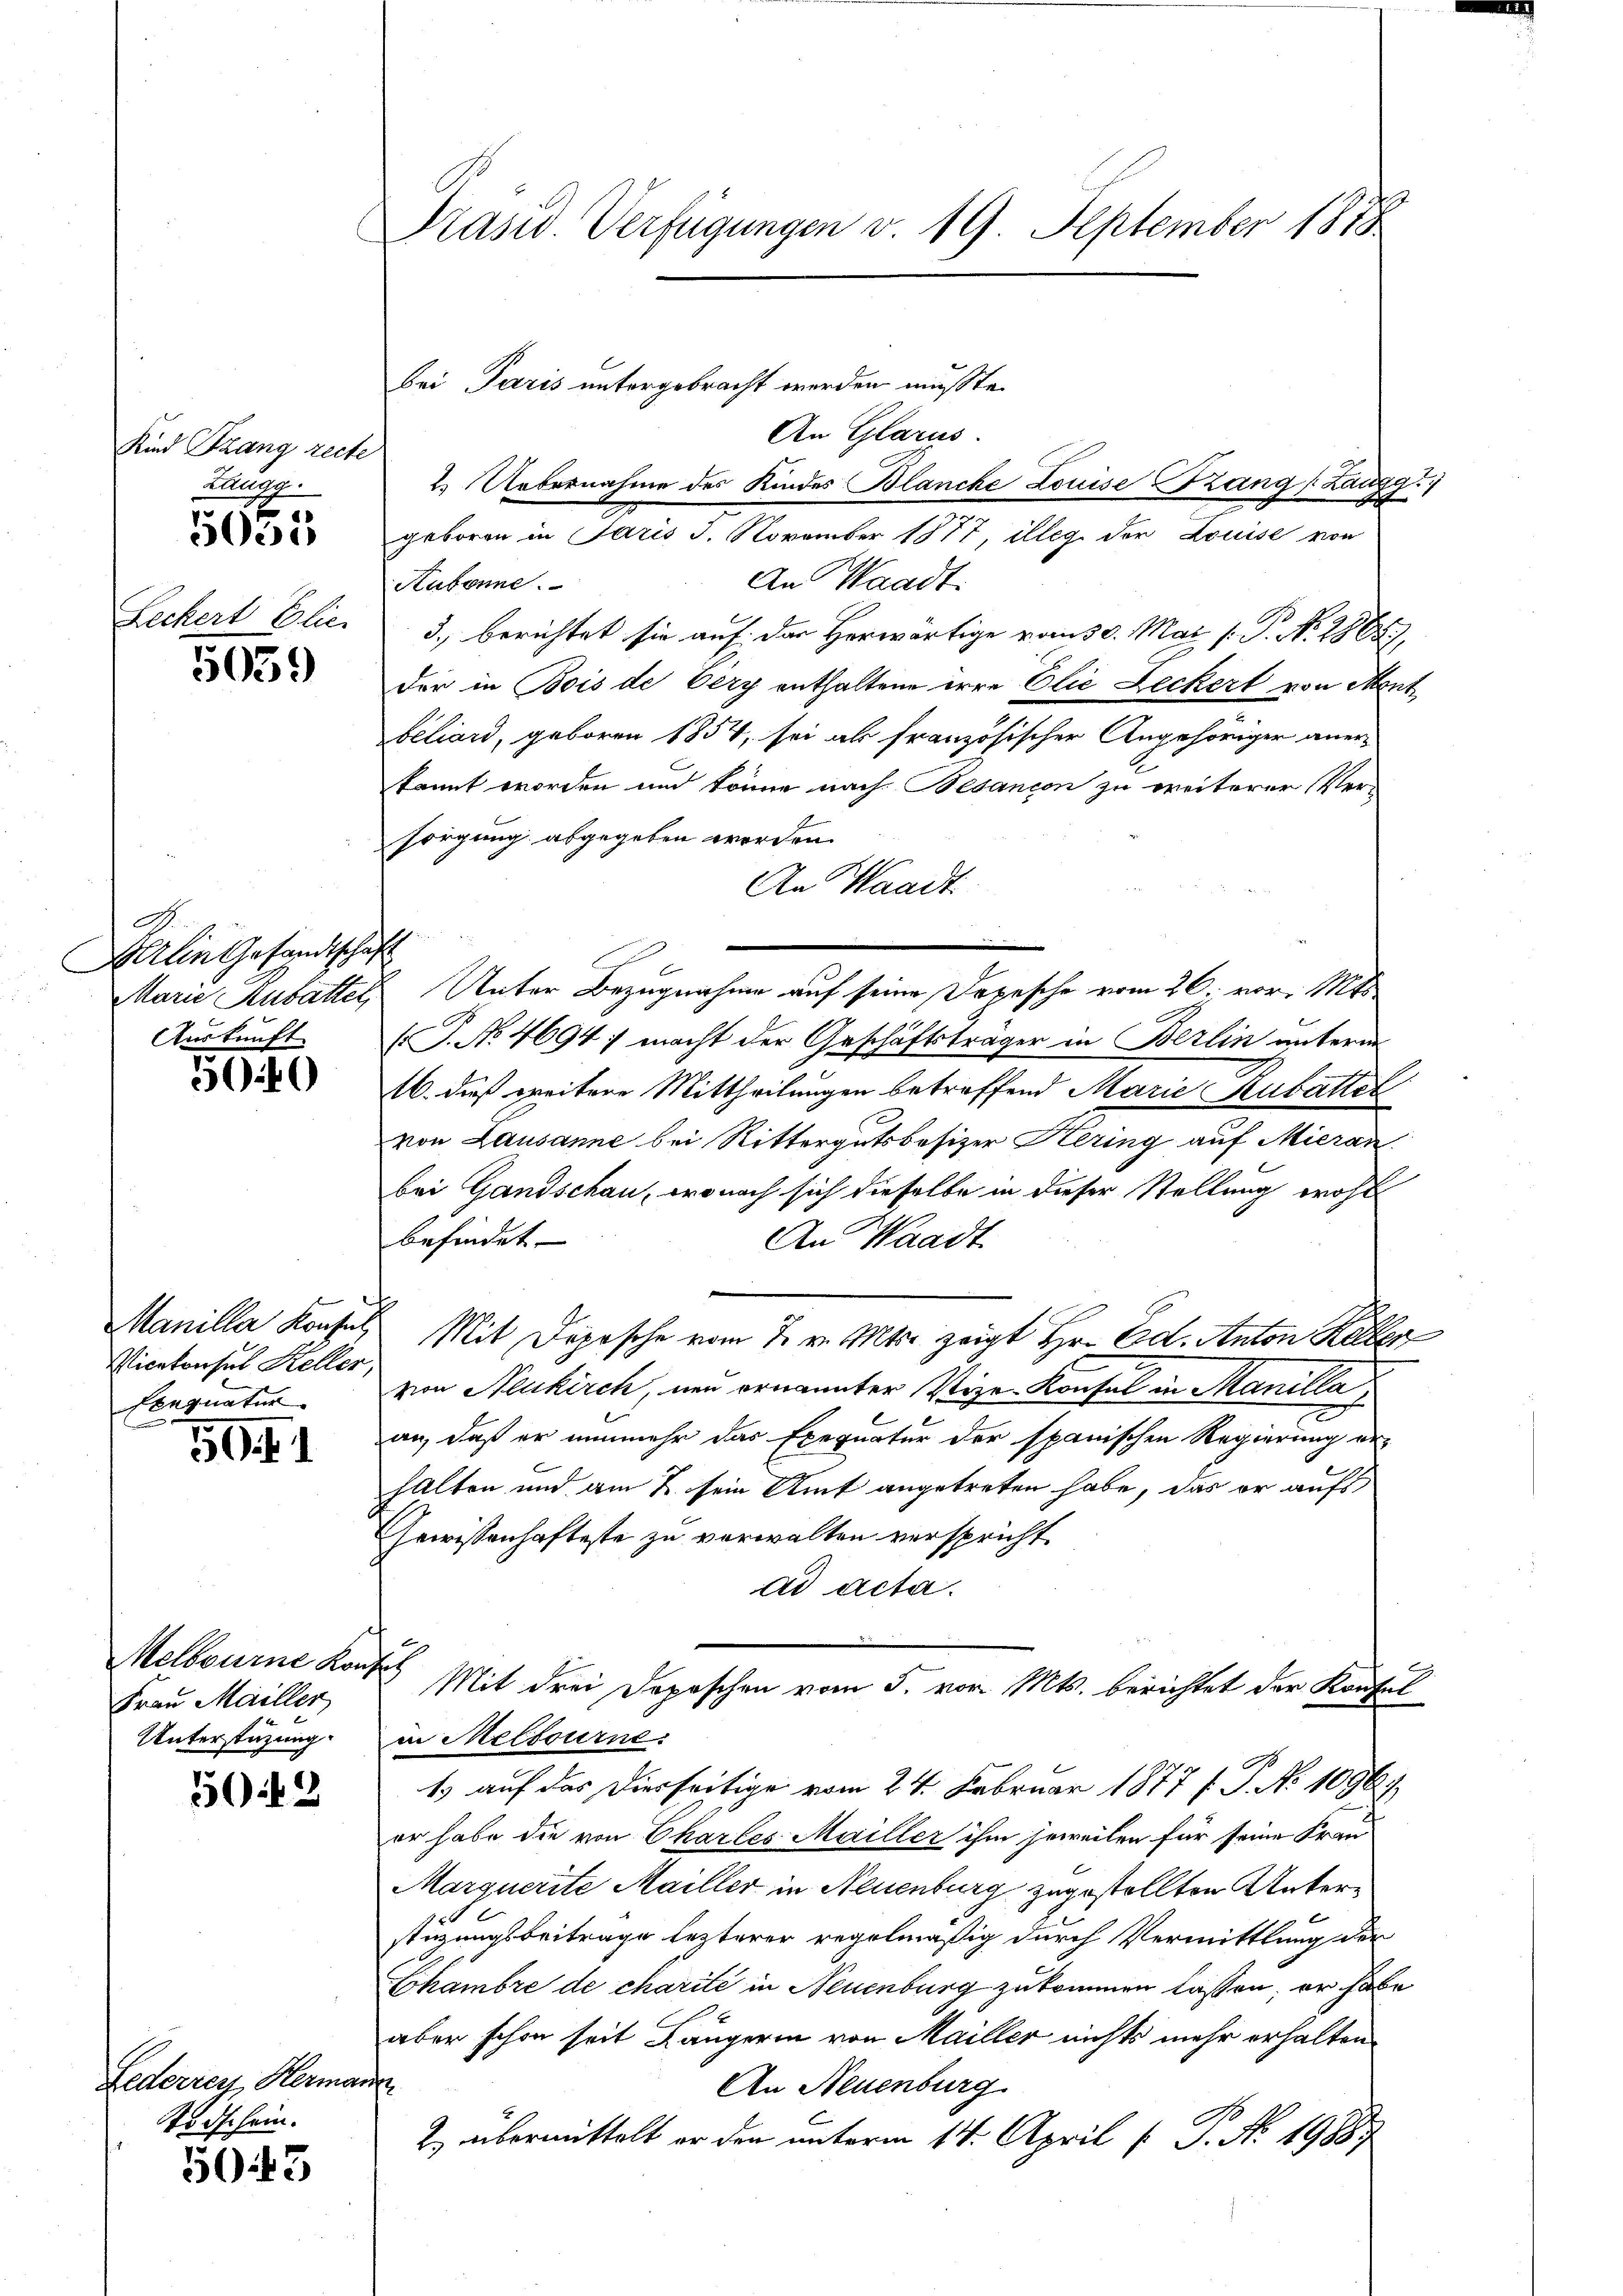
Kind Strang recte
Zangg.
e

5000

Leckert Elie-

5059

A.
Arlin Gesandtschaft
Marie Rubatter,
Auskunft

300

Manille Konfel
Vicekonsul Keller.
Senquatur

50. f. 1

Melbourne Konz
Frau Mailler
Unterstüzung.

5042

Federrenz, Herma
Todschein.

5043

Präsid Verfügungen d. 19. September 188

bei Paris untergebracht werden mußte.
An Glarus.
2. Uebernahme des Kindes Blancke Louise Prang (Zaugg
geboren in Paris 3. November 1877 illeg der Louise von
An Waadt.
Subonne.
3., berichtet sie auf der Herwärtige vom 30. Mai (P. N. 2865),
der in Bois de Very enthaltene erre Elie Leckert von Ment
beliard, geboren 1854, sei als französischer Angehöriger anerkannt worden und könne nach Besancen zu weiterer Ver-
sorgung abgegeben worden.
An Waadt
Unter Bezugnahme auf seine Depesche vom 26. vor 111
T. No 4694: macht der Geschäftsträger in Berlin unterin
16. dieß weitere Mittheilungen betreffend Marie Rubatter
von Lausanne bei Rittergutsbesizer Hering auf Mieran
bei Gandschau, wonach sich dieselbe in dieser Stellung wohl
befindet.
An Waadt
Mit Depesche vom 7. v. Mts. zeigt Hr. Ed. Anton Keller
von Neukirch, neu ernannter Vize-Konsul in Manilla
an, daß er nunmehr das Exequatur der spanischen Regierung er-
halten und am 2. sein Amt angetreten habe, das er aufs
Gewissenhafteste zu verwalten verspricht
ad acta.
7
Mit drei Depeschen vom 5. vor. Mts. berichtet der Konsul
in Meltourne
1) auf das Diesseitige vom 24. Februar 1877 f. P. No 1096.
er habe die von Chartes Mailler ihm jeweilen für seine Fran
Marquerite Mailler in Neuenburg zugestellten Unterstüzungsbeitrage lezterer regelmäßig durch Vermittlung der
Chambre de charité in Neuenburg zukommen lassen; er habe
aber schon seit Längerin von Mailler nichts mehr erhalten
An Neuenburg
No
2 übermittelt er den unterm 14. April l. J. No. 19887